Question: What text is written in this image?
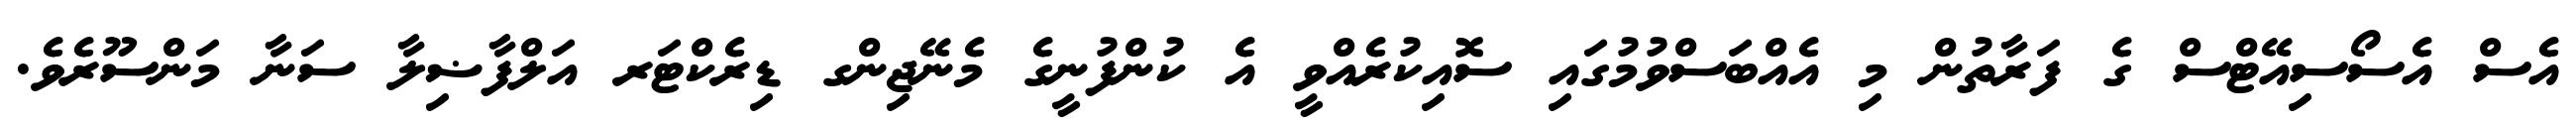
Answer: އެސް އެސޯސިއޭޓްސް ގެ ފަރާތުން މި އެއްބަސްވުމުގައި ސޮއިކުރެއްވީ އެ ކުންފުނީގެ މެނޭޖިންގ ޑިރެކްޓަރ އަލްފާޟިލާ ސަނާ މަންސޫރެވެ.